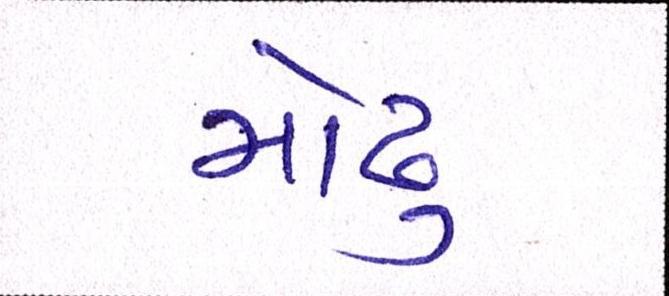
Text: મોઢુ